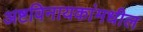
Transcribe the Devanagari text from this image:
अष्टविनायकांमधील